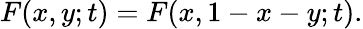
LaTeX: F(x,y;t)=F(x,1-x-y;t).